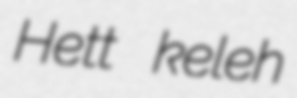
Hett keleh